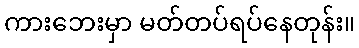
ကားဘေးမှာ မတ်တပ်ရပ်နေတုန်း။